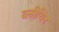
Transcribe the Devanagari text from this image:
ब्लीथिन